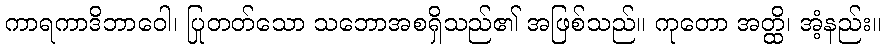
ကာရကာဒိဘာဝေါ၊ ပြုတတ်သော သဘောအစရှိသည်၏ အဖြစ်သည်။ ကုတော အတ္ထိ၊ အံ့နည်း။